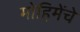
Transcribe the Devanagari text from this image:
मोहिमेंचे